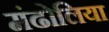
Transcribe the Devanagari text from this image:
मंढोलिया